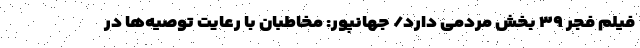
فیلم فجر ۳۹ بخش مردمی دارد/ جهانپور: مخاطبان با رعایت توصیه‌ها در